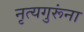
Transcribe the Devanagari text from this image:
नृत्यगुरूंना